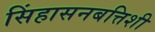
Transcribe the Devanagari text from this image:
सिंहासनबत्तिशी